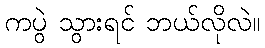
ကပွဲ သွားရင် ဘယ်လိုလဲ။